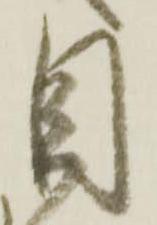
目